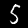
Digit: 5